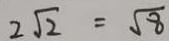
2 \sqrt { 2 } = \sqrt { 8 }